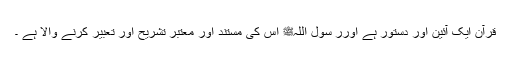
قرآن ایک آئین اور دستور ہے اورر سول اللہﷺ اس کی مستند اور معتبر تشریح اور تعبیر کرنے والا ہے ­۔